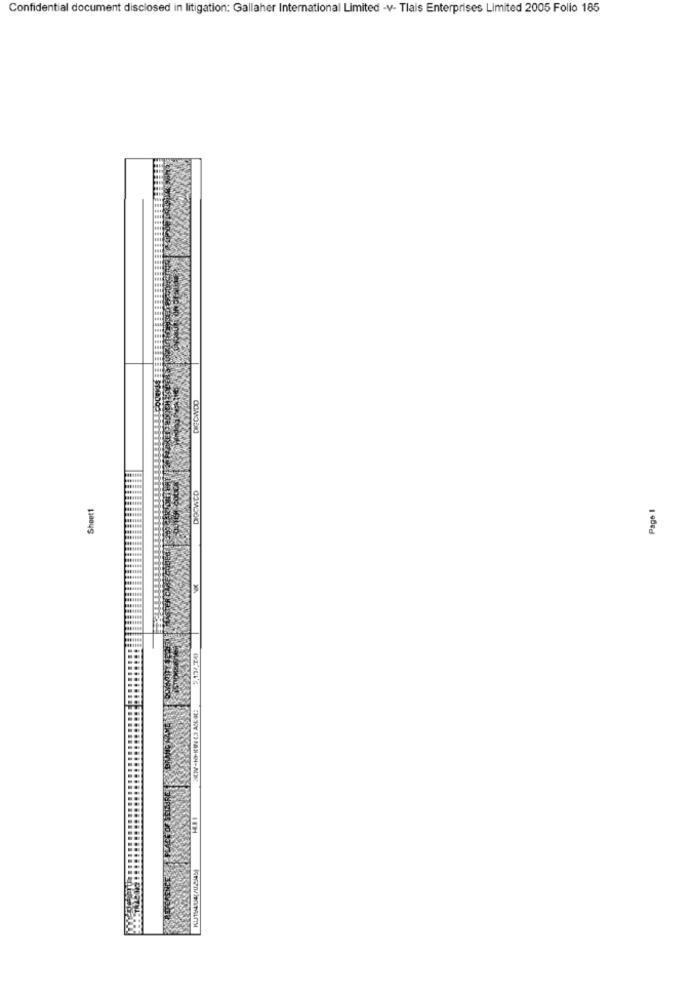
Confidential document disclosed in litigation: Gallaher International Limited -v- Tlais Enterprises Limited 2005 Folio 185
Shoot1
Page 1
ICH-H-IIN E3 ASE SEE